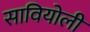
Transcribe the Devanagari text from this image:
सावियोली